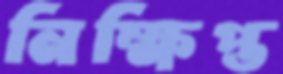
নিক্ষিপ্ত